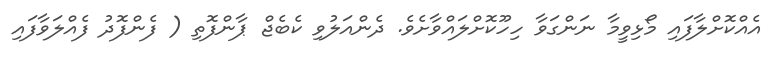
އެއްކޮށްލާފައި މޯޅިވީމާ ނަންގަވާ ހިހޫކޮށްލައްވާށެވެ. ދެންއަލުވި ކެބެޖް ޕާންފޮތި ( ފެންފޮދު ފެއްލަވާފައި